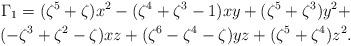
LaTeX: \begin{gather*}\Gamma_1= (\zeta^5+\zeta)x^2-(\zeta^4+\zeta^3-1)xy+(\zeta^5+\zeta^3)y^2+\\(-\zeta^3+\zeta^2-\zeta)xz+(\zeta^6-\zeta^4-\zeta)yz+(\zeta^5+\zeta^4)z^2.\end{gather*}